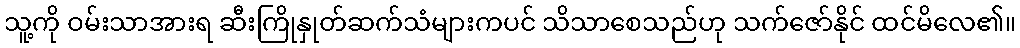
သူ့ကို ဝမ်းသာအားရ ဆီးကြိုနှုတ်ဆက်သံများကပင် သိသာစေသည်ဟု သက်ဇော်နိုင် ထင်မိလေ၏။